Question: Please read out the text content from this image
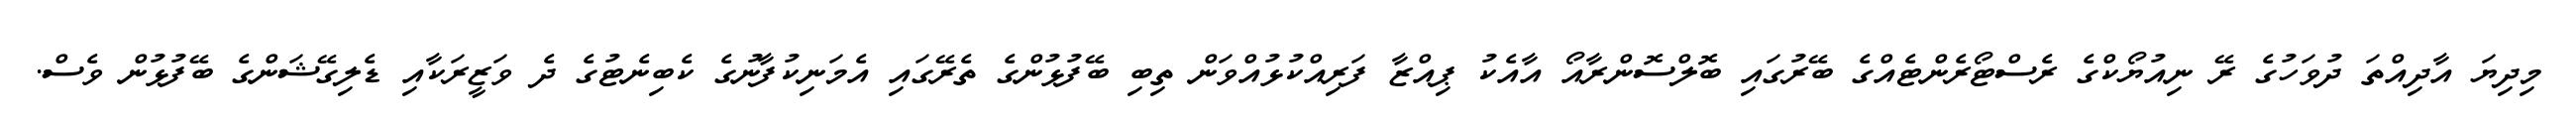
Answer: މިދިޔަ އާދިއްތަ ދުވަހުގެ ރޭ ނިއުޔޯކްގެ ރެސްޓޯރެންޓެއްގެ ބޭރުގައި ބޮލްސޮންރާއޯ އާއެކު ޕިއްޒާ ފަރިއްކުޅުއްވަން ތިބި ބޭފުޅުންގެ ތެރޭގައި އެމަނިކުފާނުގެ ކެބިނެޓުގެ ދެ ވަޒީރަކާއި ޑެލިގޭޝަންގެ ބޭފުޅުން ވެސް.